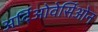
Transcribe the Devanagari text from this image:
अर्दिओवेर्सिओन